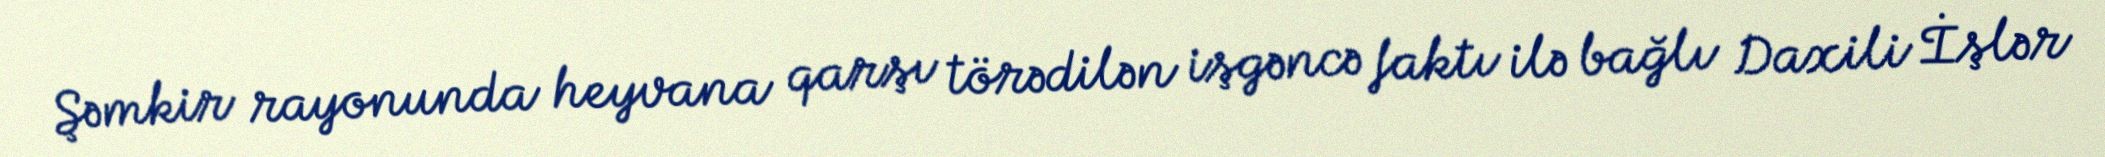
Şəmkir rayonunda heyvana qarşı törədilən işgəncə faktı ilə bağlı Daxili İşlər